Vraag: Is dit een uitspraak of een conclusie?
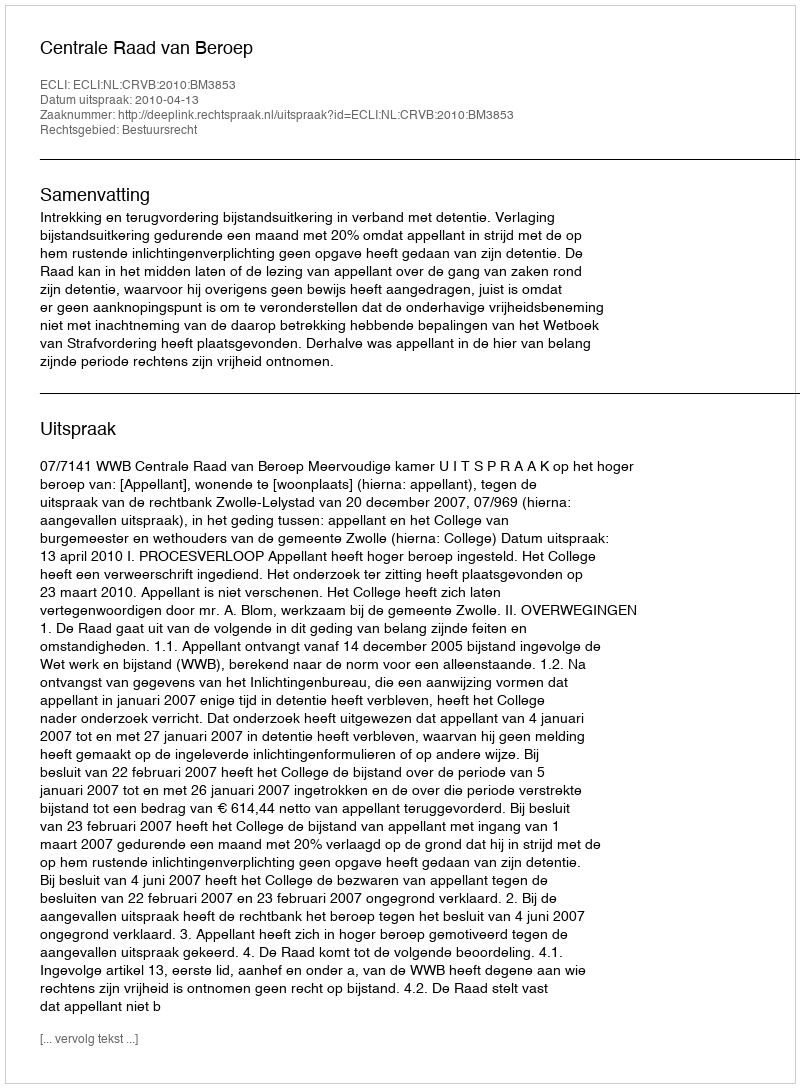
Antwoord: Uitspraak